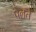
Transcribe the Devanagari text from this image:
पेलते